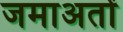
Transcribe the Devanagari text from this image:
जमाअतों